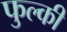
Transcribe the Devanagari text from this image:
फुल्‍की